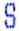
S